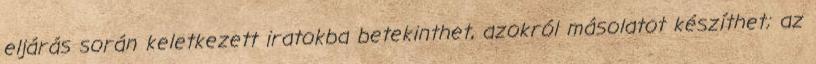
eljárás során keletkezett iratokba betekinthet, azokról másolatot készíthet; az